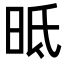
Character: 㫝